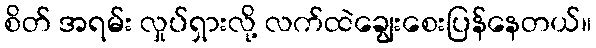
စိတ် အရမ်း လှုပ်ရှားလို့ လက်ထဲချွေးစေးပြန်နေတယ်။